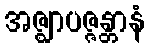
အဇ္ဈာပဇ္ဇန္တာနံ